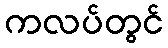
ကလပ်တွင်